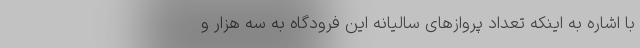
با اشاره به اینکه تعداد پروازهای سالیانه این فرودگاه به سه هزار و